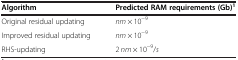
<table><thead><tr><td><b>Algorithm</b></td><td><b>Predicted RAM requirements (Gb)<sup>1</sup></b></td></tr></thead><tbody><tr><td>Original residual updating</td><td><i>nm</i> × 10<sup>−9</sup></td></tr><tr><td>Improved residual updating</td><td><i>nm</i> × 10<sup>−9</sup></td></tr><tr><td>RHS-updating</td><td>2 <i>nm</i> × 10<sup>−9</sup>/<i>s</i></td></tr></tbody></table>